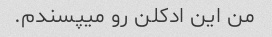
من این ادکلن رو میپسندم.